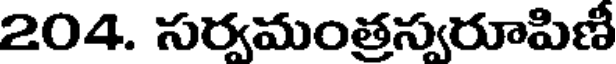
204. సర్వమంత్రస్వరూపిణీ